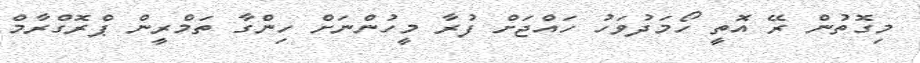
މިގޮތުން ރޭ އޮތީ ހޯމަދުވަހު ހައްޖަށް ފުރާ މީހުންނަށް ހިންގާ ތަމްރީން ޕްރޮގްރާމް